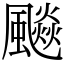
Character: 飈